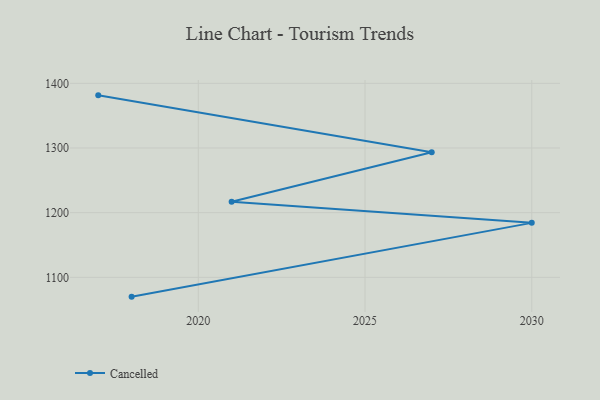
{"axis": {"x": "Year", "y": "Satisfaction Score"}, "legend": ["Cancelled"], "data": [{"x": "2018", "y": 1070.1, "type": "Cancelled"}, {"x": "2030", "y": 1184.2, "type": "Cancelled"}, {"x": "2021", "y": 1217.0, "type": "Cancelled"}, {"x": "2027", "y": 1293.5, "type": "Cancelled"}, {"x": "2017", "y": 1381.4, "type": "Cancelled"}]}